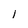
Character: 1